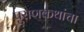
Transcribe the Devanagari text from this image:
पुराणकथांचा